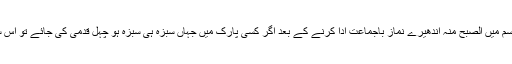
موسم تیزی سے بدل رہا ہے اس موسم میں الصبح منہ اندھیرے نماز باجماعت ادا کرنے کے بعد اگر کسی پارک میں جہاں سبزہ ہی سبزہ ہو چہل قدمی کی جائے تو اس سے بیماریوں سے بچا جا سکتا ہے۔